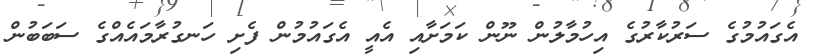
އެގައުމުގެ ސަރުކާރުގެ އިހުމާލުން ނޫން ކަމަށާއި އެއީ އެގައުމުން ފެށި ހަނގުރާމައެއްގެ ސަބަބުން